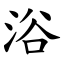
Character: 浴